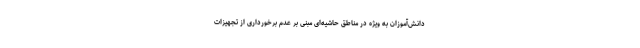
دانش‌آموزان به ویژه در مناطق حاشیه‌ای مبنی بر عدم برخورداری از تجهیزات